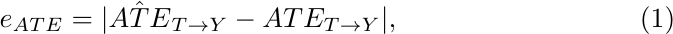
\begin{equation}
    e_{ATE} = | \hat{ATE}_{T\rightarrow Y} -  ATE_{T\rightarrow Y}  |,
\end{equation}